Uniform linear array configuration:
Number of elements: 12
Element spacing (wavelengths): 0.25
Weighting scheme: cosine
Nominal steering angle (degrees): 30
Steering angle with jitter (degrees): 30.172
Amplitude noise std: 0.05
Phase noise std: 0.05

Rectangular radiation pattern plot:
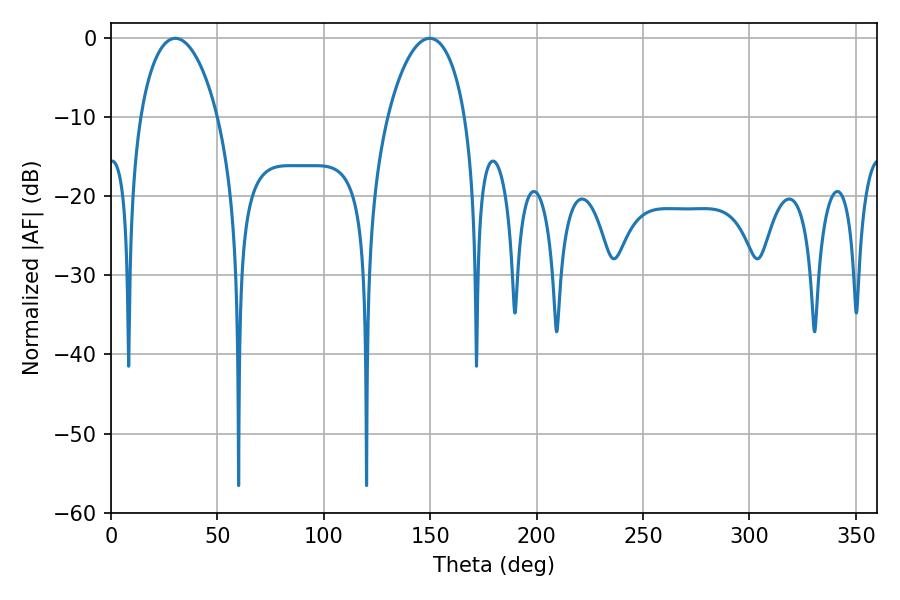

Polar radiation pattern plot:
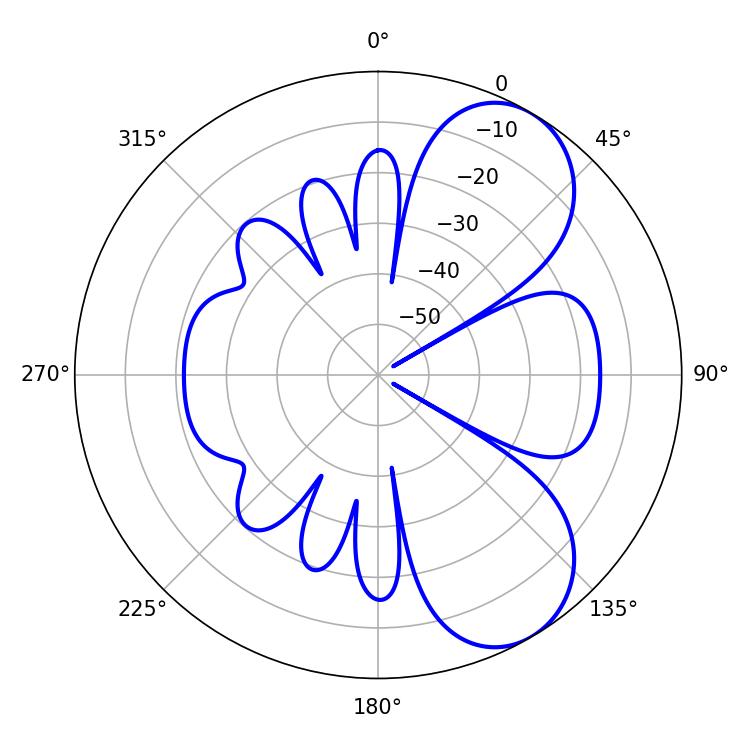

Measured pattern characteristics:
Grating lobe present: FALSE
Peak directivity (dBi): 7.042
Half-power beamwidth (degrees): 20.7
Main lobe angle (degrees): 30.24